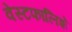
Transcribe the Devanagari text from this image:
वेस्टफालिशे